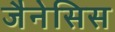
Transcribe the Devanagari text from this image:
जैनेसिस